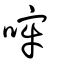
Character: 哰